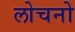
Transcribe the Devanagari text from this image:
लोचनो